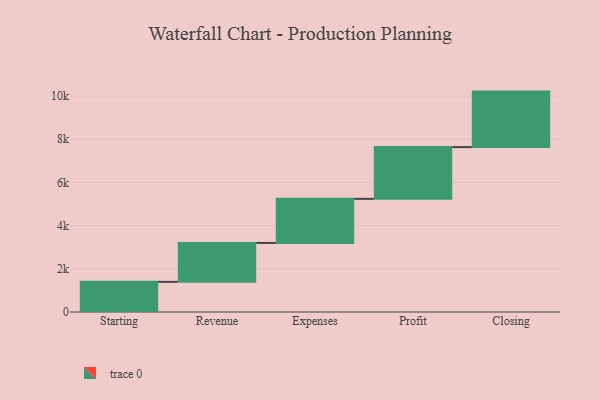
{"axis": {"x": "Step", "y": "Value"}, "legend": [""], "data": [{"x": "Starting", "y": 1396.0, "type": ""}, {"x": "Revenue", "y": 1802.0, "type": ""}, {"x": "Expenses", "y": 2042.0, "type": ""}, {"x": "Profit", "y": 2396.0, "type": ""}, {"x": "Closing", "y": 2570.0, "type": ""}]}